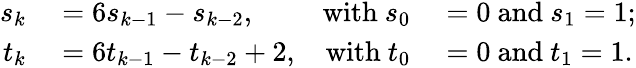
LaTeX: \begin{array}{rlrl}{s_{k}}&{{}=6s_{k-1}-s_{k-2},}&{{\mathrm{with~}}s_{0}}&{{}=0{\mathrm{~and~}}s_{1}=1;}\\ {t_{k}}&{{}=6t_{k-1}-t_{k-2}+2,}&{{\mathrm{with~}}t_{0}}&{{}=0{\mathrm{~and~}}t_{1}=1.}\end{array}